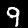
Label: 9